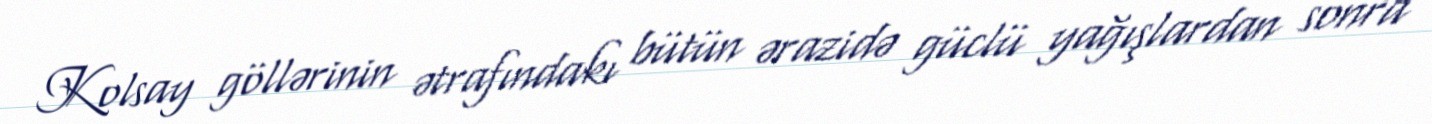
Kolsay göllərinin ətrafındakı bütün ərazidə güclü yağışlardan sonra